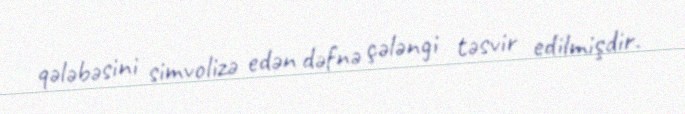
qələbəsini simvolizə edən dəfnə çələngi təsvir edilmişdir.